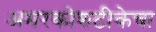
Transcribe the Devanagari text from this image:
अमरकोशटीकेचा